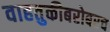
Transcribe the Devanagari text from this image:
वाहतुकीबरोबरच